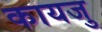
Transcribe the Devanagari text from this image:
कायजु